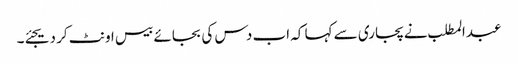
عبدالمطلب نے پجاری سے کہا کہ اب دس کی بجائے بیس اونٹ کر دیجئے۔